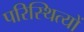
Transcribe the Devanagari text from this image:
परिस्थित्यों